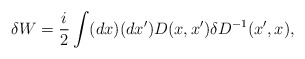
\begin{align*}\delta W={i\over2}\int (dx)(dx')D(x,x')\delta D^{-1}(x',x),\end{align*}